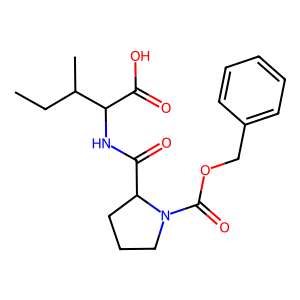
SMILES: CCC(C)C(NC(=O)C1CCCN1C(=O)OCc1ccccc1)C(=O)O
Inhibits HIV replication: No